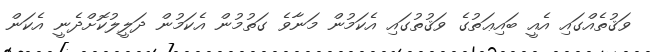
ވަޤުތެއްގައި އެއީ ބައިޢަތުގެ ވަޤުތުގައި އެކަމުން މަނާވެ ގަތުމުން އެކަމުން ދަލީލުކޮށްދެނީ އެކަން